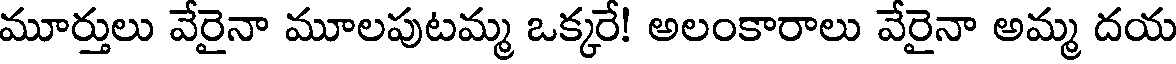
మూర్తులు వేరైనా మూలపుటమ్మ ఒక్కరే! అలంకారాలు వేరైనా అమ్మ దయ